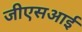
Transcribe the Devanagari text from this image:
जीएसआई